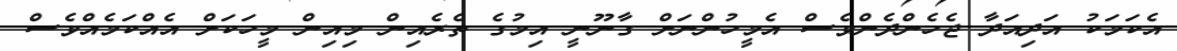
އެކަމަކު އަދިއަދާ ޖެހެންދެންވެސް އެމީހުންނަށް ގާނޫނީ އިމުގެ ތެރެއިން މިއިން މީހަކަށް އެއްކަމެއްވެސް